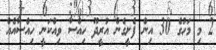
2 މި މަހުގެ 30 އިން ފެށީގެން އުރީދޫ ހިއްސާ ވިއްކަނީ ހިއްސާއެއް